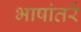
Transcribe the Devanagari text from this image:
भाषांतरें